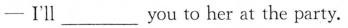
-I'll___you to her at the party.